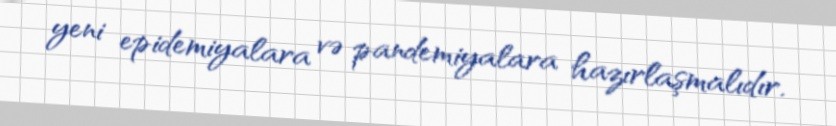
yeni epidemiyalara və pandemiyalara hazırlaşmalıdır.